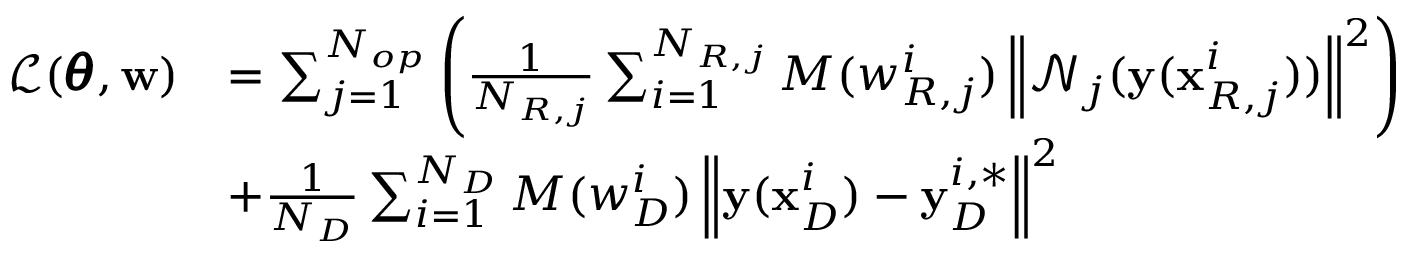
\begin{array} { r l } { \mathcal { L } ( \pmb { \theta } , \mathbf { w } ) } & { = \sum _ { j = 1 } ^ { N _ { o p } } { \left( \frac { 1 } { N _ { R , j } } \sum _ { i = 1 } ^ { N _ { R , j } } { M ( w _ { R , j } ^ { i } ) \left\| \mathcal { N } _ { j } ( \mathbf { y } ( \mathbf { x } _ { R , j } ^ { i } ) ) \right\| ^ { 2 } } \right) } } \\ & { + { \frac { 1 } { N _ { D } } \sum _ { i = 1 } ^ { N _ { D } } { M ( w _ { D } ^ { i } ) \left\| \mathbf { y } ( \mathbf { x } _ { D } ^ { i } ) - \mathbf { y } _ { D } ^ { i , * } \right\| ^ { 2 } } } } \end{array}